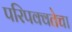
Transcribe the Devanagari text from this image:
परिपक्वतेचा